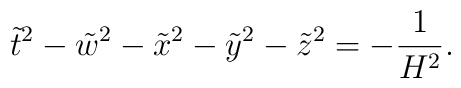
\tilde{t}^2-\tilde{w}^2-\tilde{x}^2-\tilde{y}^2-\tilde{z}^2=-\frac{1}{H^2} .